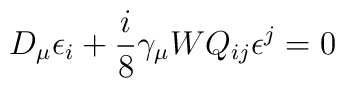
D_\mu \epsilon_i+\frac{i}{8}\gamma_{\mu}W Q_{ij}\epsilon^j=0